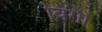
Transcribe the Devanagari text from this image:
विंगा